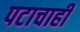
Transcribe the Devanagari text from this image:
पटाचाही